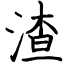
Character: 渣